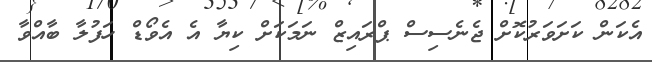
އެކަން ކަށަވަރުކޮށް ޖެނެސިސް ޕްރައިޒް ނަމަކަށް ކިޔާ އެ އެވޯޑް ހަފުލާ ބާއްވާ